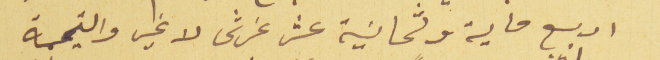
اربع ماية وثمانية عشر غرش لا غير والقيمة